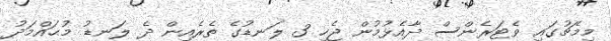
މިމެޗުގައި ވެޓަރެންސް ދާއެޅުމުން ޖެހި 3 ލަނޑުގެ ތެރެއިން ދެ ލަނޑު މުޙައްމަދު